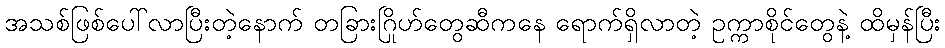
အသစ်ဖြစ်ပေါ်လာပြီးတဲ့နောက် တခြားဂြိုဟ်တွေဆီကနေ ရောက်ရှိလာတဲ့ ဥက္ကာစိုင်တွေနဲ့ ထိမှန်ပြီး